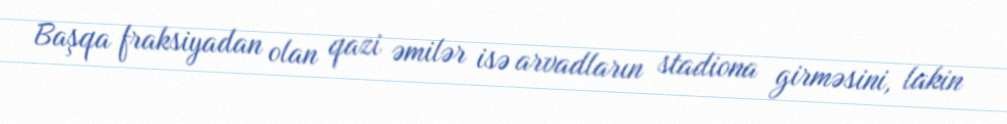
Başqa fraksiyadan olan qazi əmilər isə arvadların stadiona girməsini, lakin